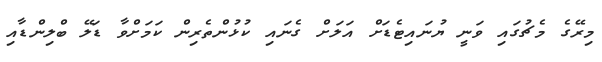
މިރޭގެ މެޗުގައި ވަނީ ޔުނައިޓެޑަށް އަލަށް ގެނައި ކުޅުންތެރިން ކަމަށްވާ ޑަލޭ ބްލިންޑާއި